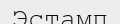
Эстамп